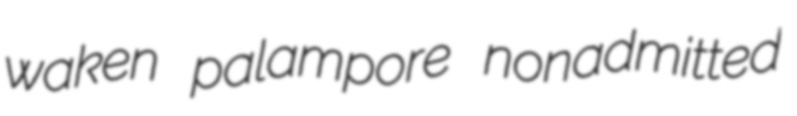
waken palampore nonadmitted